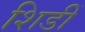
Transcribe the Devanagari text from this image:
शिडीं